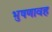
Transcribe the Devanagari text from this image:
भुषणावह